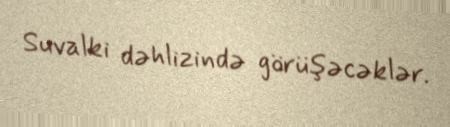
Suvalki dəhlizində görüşəcəklər.